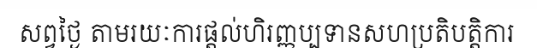
សព្វថ្ងៃ តាមរយៈការផ្តល់ហិរញ្ញប្បទានសហប្រតិបត្តិការ